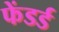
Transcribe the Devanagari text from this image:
फेंडर्ड